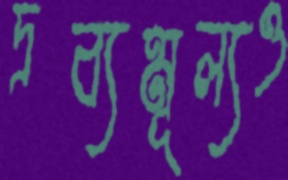
দ্রব্যমূল্যও